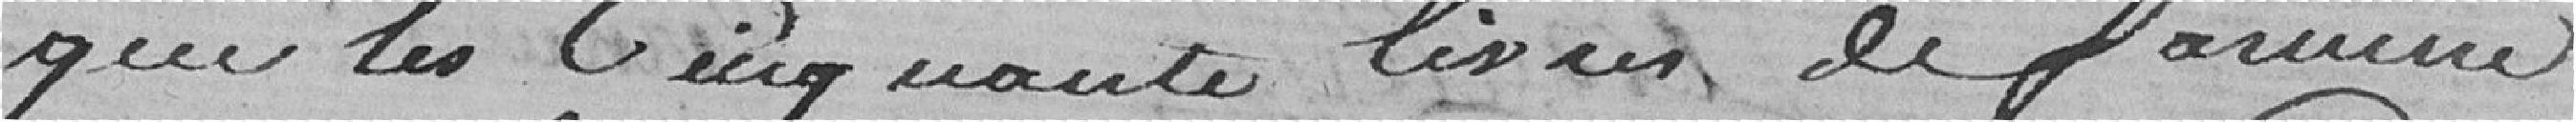
que les cinquante livres de farine